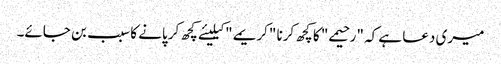
میری دعا ہے کہ "رحیمے" کا کچھ کرنا "کریمے" کیلیئے کچھ کر پانے کا سبب بن جائے۔